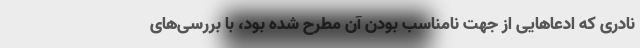
نادری که ادعاهایی از جهت نامناسب بودن آن مطرح شده بود، با بررسی‌های